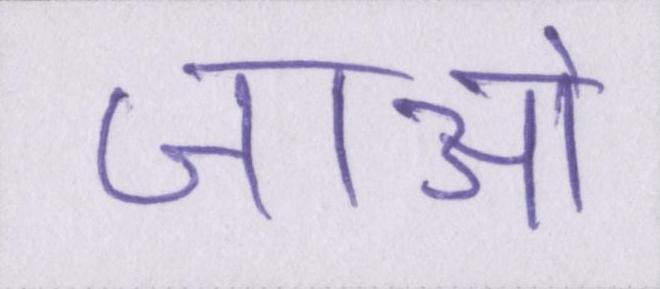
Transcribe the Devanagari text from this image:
जाओ